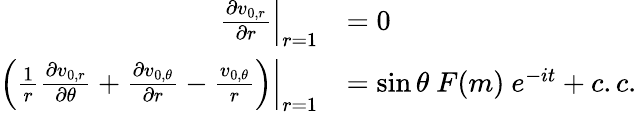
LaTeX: \begin{array}{rl}{\left.\frac{\partial v_{0,r}}{\partial r}\right|_{r=1}}&{=0}\\ {\left.\left(\frac{1}{r}\frac{\partial v_{0,r}}{\partial\theta}+\frac{\partial v_{0,\theta}}{\partial r}-\frac{v_{0,\theta}}{r}\right)\right|_{r=1}}&{=\sin{\theta}~F(m)~e^{-it}+c.c.}\end{array}